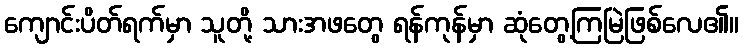
ကျောင်းပိတ်ရက်မှာ သူတို့ သားအဖတွေ ရန်ကုန်မှာ ဆုံတွေ့ကြမြဲဖြစ်လေ၏။